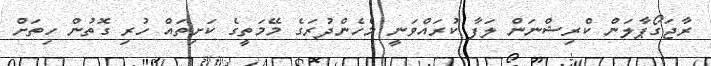
ރާޖަގޯޕާލަން ކްރިޝްނަން ލަފާ ކުރައްވަނީ މެހެންދުރަގެ މޭމަތީގެ ކަށިތައް ހުރި ގޮތުން ހިތަށް